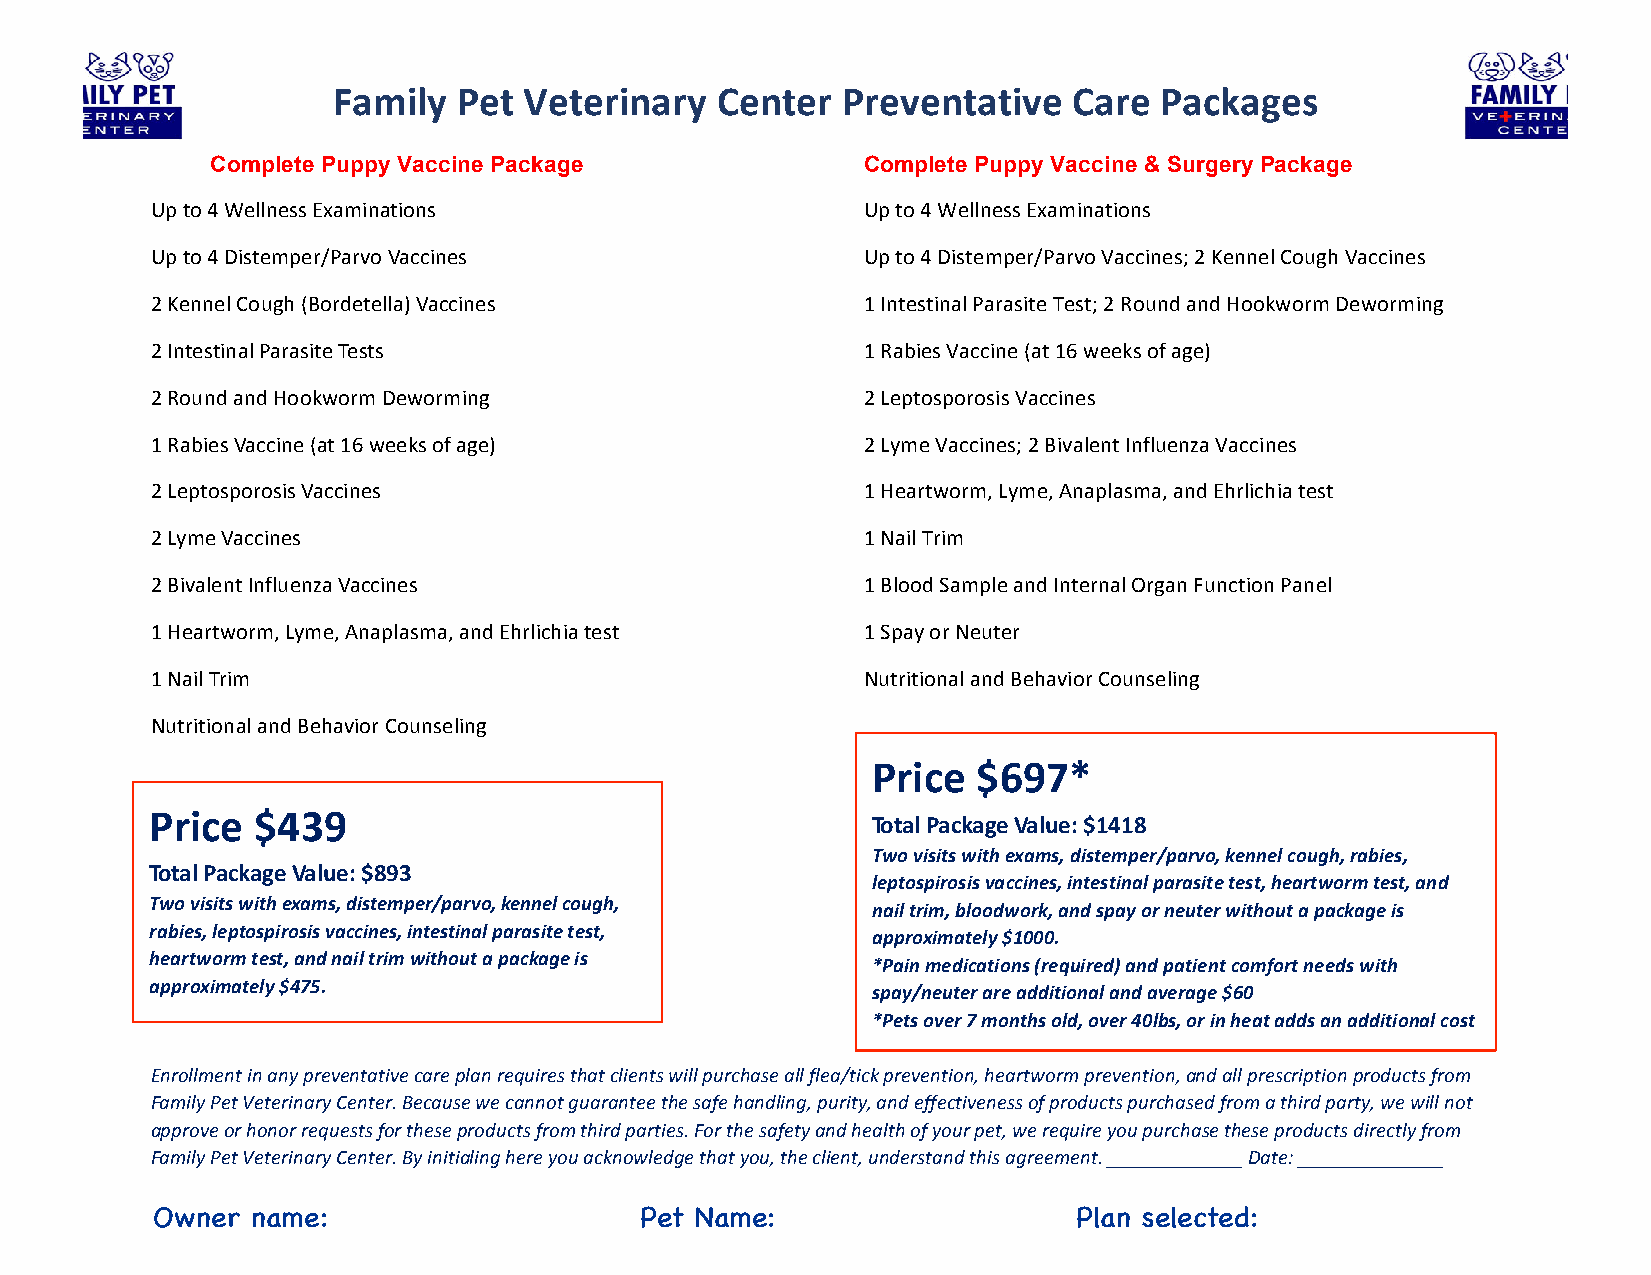
Family  Pet  Veterinary  Center   Preventative   Care  Packages
 Complete Puppy Vaccine Package             Complete Puppy Vaccine & Surgery Package
 Up to 4 Wellness Examinations                  Up to 4 Wellness Examinations
 Up to 4 Distemper/Parvo Vaccines               Up to 4 Distemper/Parvo Vaccines; 2 Kennel Cough Vaccines
 2 Kennel Cough (Bordetella) Vaccines           1 Intestinal Parasite Test; 2 Round and Hookworm Deworming
 2 Intestinal Parasite Tests                    1 Rabies Vaccine (at 16 weeks of age)
 2 Round and Hookworm Deworming                 2 Leptosporosis Vaccines
 1 Rabies Vaccine (at 16 weeks of age)          2 Lyme Vaccines; 2 Bivalent Influenza Vaccines
 2 Leptosporosis Vaccines                       1 Heartworm, Lyme, Anaplasma, and Ehrlichia test
 2 Lyme Vaccines                                1 Nail Trim
 2 Bivalent Influenza Vaccines                  1 Blood Sample and Internal Organ Function Panel
 1 Heartworm, Lyme, Anaplasma, and Ehrlichia test 1 Spay or Neuter
 1 Nail Trim                                    Nutritional and Behavior Counseling
 Nutritional and Behavior Counseling
 Price  $697*
 Price  $439
 Total Package V alue: $ 1418
 Two visits with exams, distemper/parvo, kennel cough, rabies,
 Total Package V alue: $ 893
 leptospirosis vaccines, intestinal parasite test, heartworm test, and
 Two visits with exams, distemper/parvo, kennel c ough,
 nail trim, bloodwork, and spay or neuter without a package is
 rabies, leptospirosis vaccines, intestinal parasite test,
 approximately $1000 .
 heartworm test, and nail trim without a package is
 *Pain medications (required) and patient comfort needs with
 approximately $475.
 spay/neuter are additional and average $60
 *Pets over 7 months old, over 40lbs, or in heat adds an additional cost
 Enrollment in any preventative care plan requires that clients will purchase all flea/tick prevention, heartworm prevention, and all prescription products from
 Family Pet Veterinary Center. Because we cannot guarantee the safe handling, purity, and effectiveness of products purchased from a third party, we will not
 approve or honor requests for these products from third parties. For the safety and health of your pet, we require you purchase these products directly from
 Family Pet Veterinary Center. By initialing here you acknowledge that you, the client, understand this agreement. _____________ Date: ______________
 Owner  name:                    Pet Name:                    Plan selected: